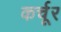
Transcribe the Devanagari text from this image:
कर्चूर